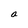
Character: a